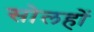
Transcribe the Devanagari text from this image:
सोलहों